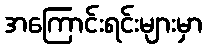
အကြောင်းရင်းများမှာ